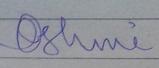
Signature authenticity: forged